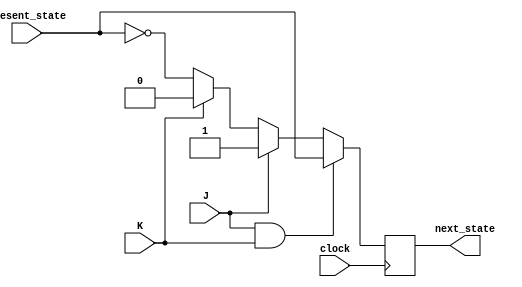
module jk_flip_flop (
    input J,
    input K,
    input clock,
    input present_state,
    output reg next_state
);

always @(negedge clock) begin
    if (J && K) // invalid condition
        next_state <= present_state;
    else if (J)
        next_state <= 1;
    else if (K)
        next_state <= 0;
    else
        next_state <= ~present_state;
end

endmodule